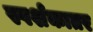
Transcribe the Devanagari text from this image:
स्पर्शकातर